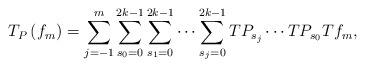
\begin{align*}T_{P}\left( f_{m}\right)=\sum_{j=-1}^{m}\sum_{s_{0}=0}^{2k-1}\sum_{s_{1}=0}^{2k-1}\dots\sum_{s_{j}=0}^{2k-1}TP_{s_{j}}\cdots TP_{s_{0}}Tf_{m}, \end{align*}